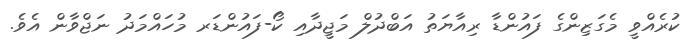
ކުރެއްވީ މެގަޒިންގެ ފައުންޑާ ރިއާޔަތު އަބްދުލް މަޖީދާއި ކޯ-ފައުންޑަރ މުހައްމަދު ނަޖްވާން އެވެ.